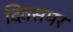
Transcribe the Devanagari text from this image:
दिवसपर